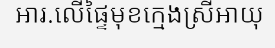
អារ.លើផ្ទៃមុខក្មេងស្រីអាយុ